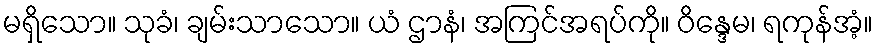
မရှိသော။ သုခံ၊ ချမ်းသာသော။ ယံ ဌာနံ၊ အကြင်အရပ်ကို။ ဝိန္ဒေမ၊ ရကုန်အံ့။